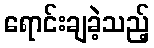
ရောင်းချခဲ့သည့်